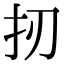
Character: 扨